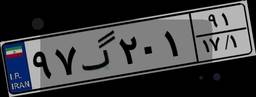
۳۱گ۶۹۷۳۶